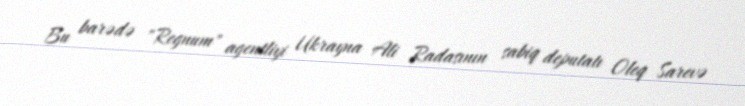
Bu barədə "Regnum" agentliyi Ukrayna Ali Radasının sabiq deputatı Oleq Sarevə